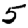
Digit: 5